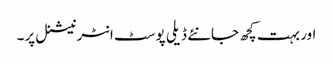
اور بہت کچھ جانئے ڈیلی پوسٹ انٹرنیشنل پر۔